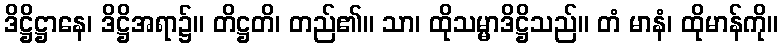
ဒိဋ္ဌိဋ္ဌာနေ၊ ဒိဋ္ဌိအရာ၌။ တိဋ္ဌတိ၊ တည်၏။ သာ၊ ထိုသမ္မာဒိဋ္ဌိသည်။ တံ မာနံ၊ ထိုမာန်ကို။